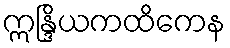
ဣန္ဒြိယကထိကေန